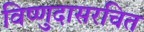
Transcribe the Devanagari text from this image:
विष्णुदासरचित